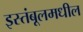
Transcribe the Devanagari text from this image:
इस्तंबूलमधील